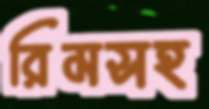
রিমসহ